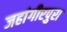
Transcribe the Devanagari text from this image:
जहांगीरपुरा